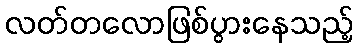
လတ်တလောဖြစ်ပွားနေသည့်